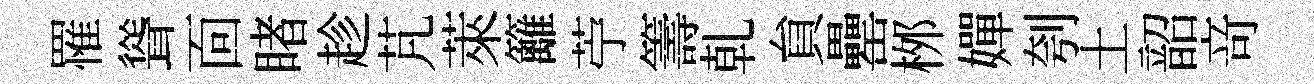
罹聳靣睹趁芃萊籬苧籌乹貟罍桞嬋刳土韶竒